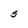
Character: S